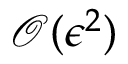
\mathcal { O } ( \epsilon ^ { 2 } )